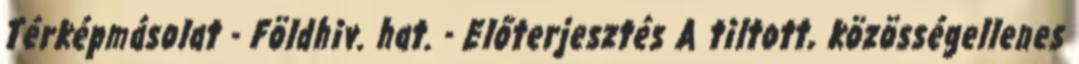
Térképmásolat - Földhiv. hat. - Előterjesztés A tiltott, közösségellenes